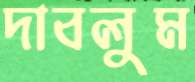
দাবলুম